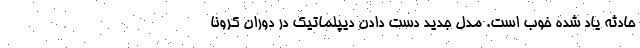
حادثه یاد شده خوب است. مدل جدید دست دادن دیپلماتیک در دوران کرونا